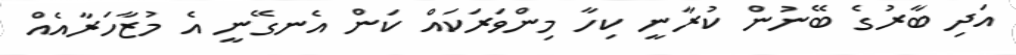
އަދި ބާރުގެ ބޭނުން ކުރާނީ ކިހާ މިންވަރަކައް ކަން އެނގޭނީ އެ މުޒާހަރާއެއް